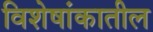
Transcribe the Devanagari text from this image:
विशेषांकातील